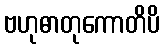
ဗဟုဓာတုကောတိပိ